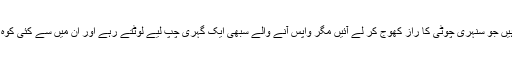
نیچے بستی میں کئی مادائیں ان سورماؤں کی منتظر رہیں جو سنہری چوٹی کا راز کھوج کر لے آئیں مگر واپس آنے والے سبھی ایک گہری چپ لیے لوٹتے رہے اور ان میں سے کئی کوہ پیما اگلے موسم بہار میں پھر اسی کھوج میں پلٹ آتے۔